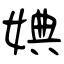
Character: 婰